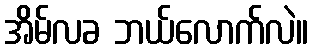
အိမ်လခ ဘယ်လောက်လဲ။